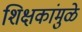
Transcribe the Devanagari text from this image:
शिक्षकांमुळे